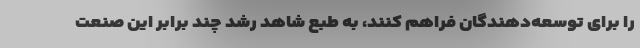
را برای توسعه‌دهندگان فراهم کنند، به طبع شاهد رشد چند برابر این صنعت